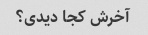
آخرش کجا دیدی؟